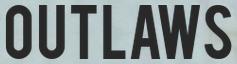
OUTLAWS